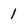
Character: 1